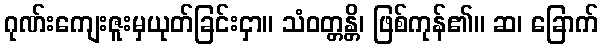
ဂုဏ်းကျေးဇူးမှယုတ်ခြင်းငှာ။ သံဝတ္တန္တိ၊ ဖြစ်ကုန်၏။ ဆ၊ ခြောက်